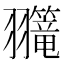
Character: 𫅲